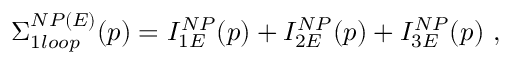
\Sigma _ { 1 l o o p } ^ { N P ( E ) } ( p ) = I _ { 1 E } ^ { N P } ( p ) + I _ { 2 E } ^ { N P } ( p ) + I _ { 3 E } ^ { N P } ( p ) ~ ,